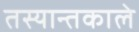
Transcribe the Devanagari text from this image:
तस्यान्तकाले